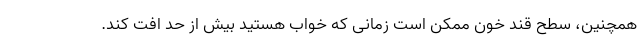
همچنین، سطح قند خون ممکن است زمانی که خواب هستید بیش از حد افت کند.